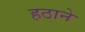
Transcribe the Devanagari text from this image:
हठाने